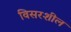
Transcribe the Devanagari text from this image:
विसरशील